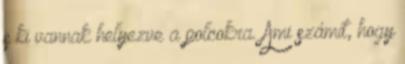
s ki vannak helyezve a polcokra. Ami számít, hogy